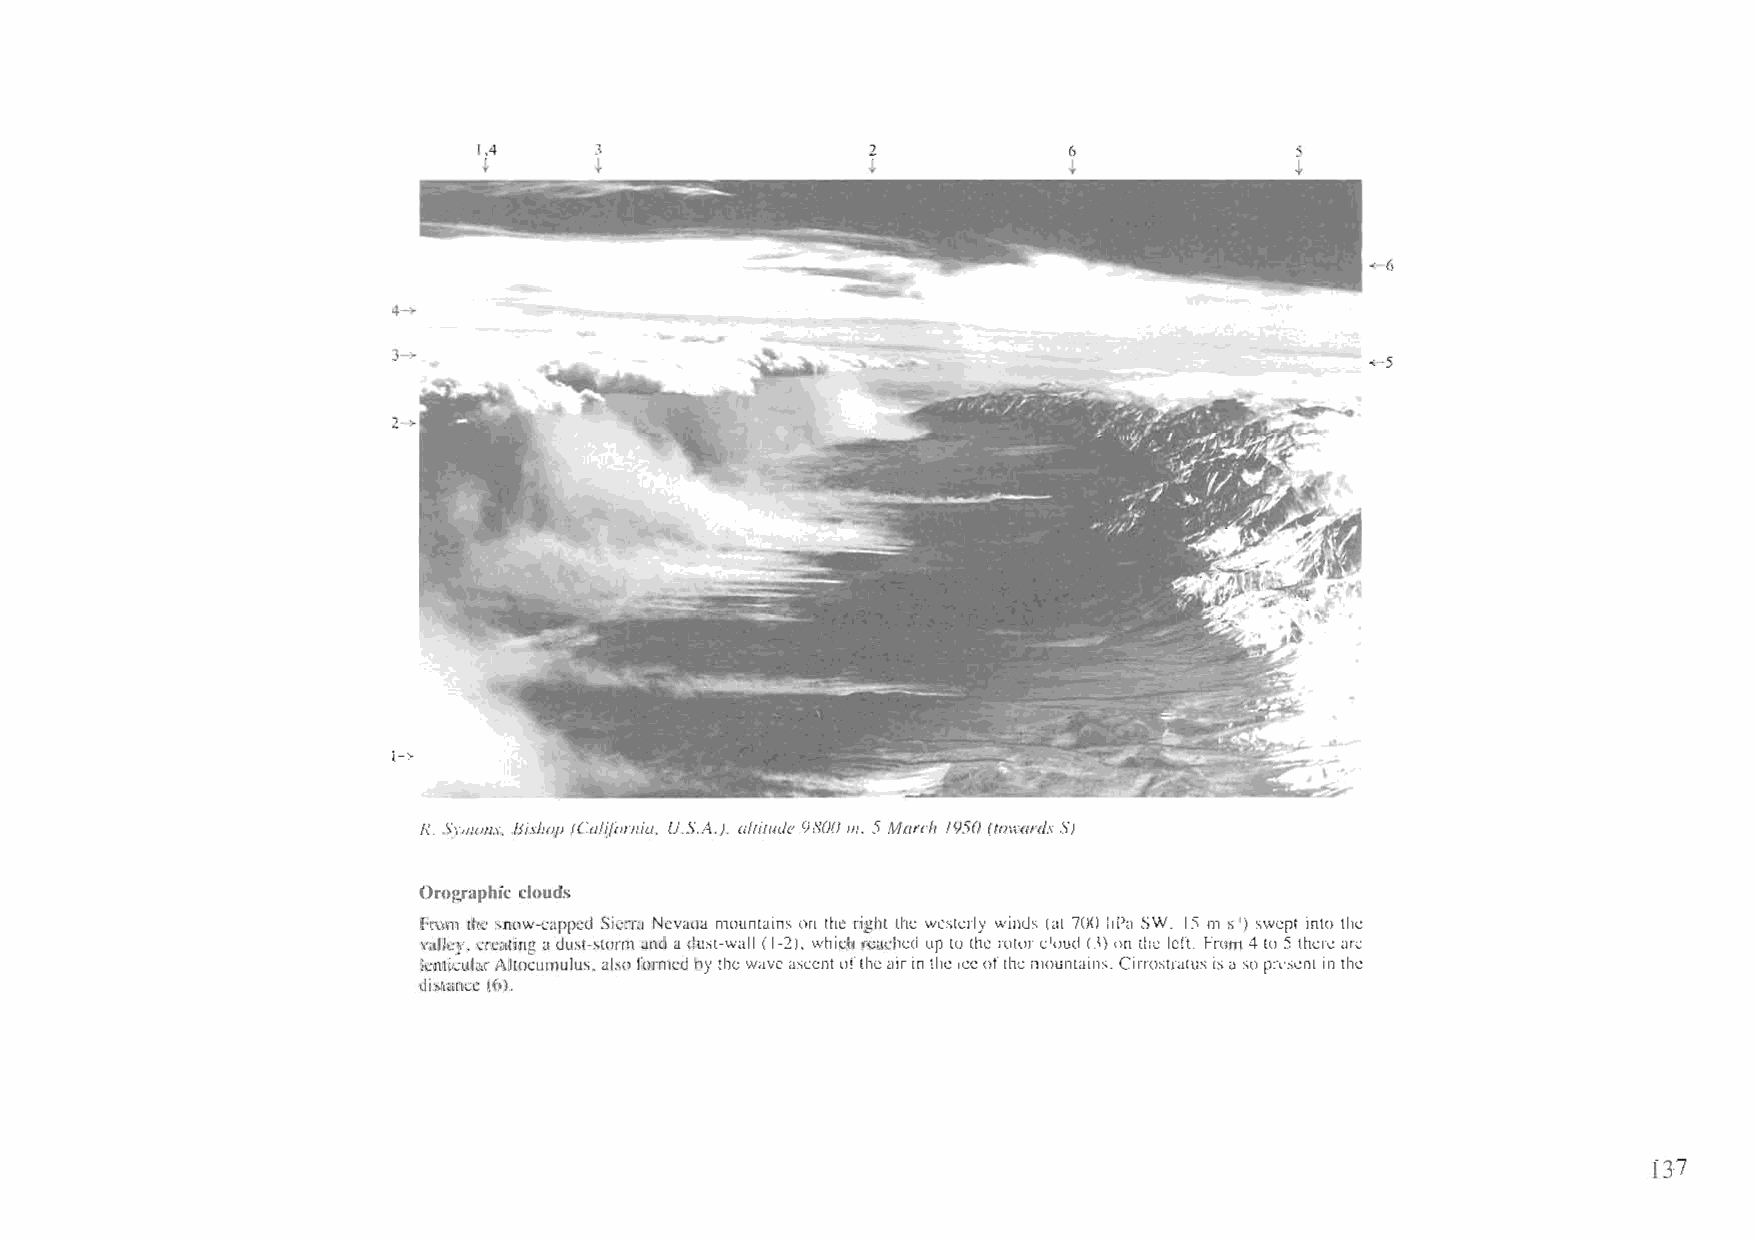
lA     3                 2
 t      t                 t
 -<-6
 4-+
 -<-5
 1->
 R. SYIIlOIlS. Bishop (Calij()rnia. U.S.A.). altitude 9800 111. 5 March 1950 (towards S)
 Orographic clouds
 From the snow-capped Sierra Nevada mountains on the right the westerly winds (at 700 hPa SW, 15 m s') swept into the
 valley, creating adust-storm and adust-wall (1-2), which reached up to the rotorcloud (3) on the left. From4 to 5 there arc
 lenticularAltoeumulus.'also formed by thewaveascentoftheairin the Iceofthe mountains. Cirrostratus isalsopresent in the
 distance (6).
 137